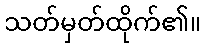
သတ်မှတ်ထိုက်၏။